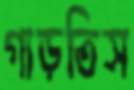
গাড়তিস